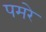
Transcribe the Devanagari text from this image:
पमरे